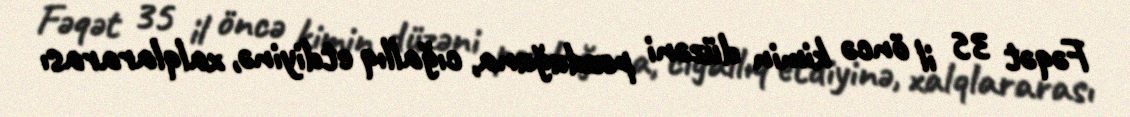
Fəqət 35 il öncə kimin düzəni pozduğuna, cığallıq etdiyinə, xalqlararası